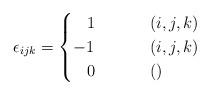
LaTeX: \begin{align*}\epsilon_{ijk}=\begin{cases}\,\,\,\,\,1 & (i,j,k)\\-1 & (i,j,k)\\\,\,\,\,\,0\,\,\,\,\,\,\,\,\,\,\,\,\,\, & ()\end{cases}\end{align*}